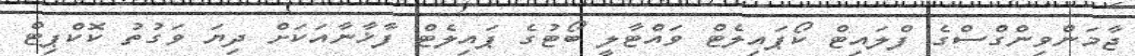
ޖާމަންވިންގްސްގެ ފްލައިޓް ކޯޕައިލެޓް ވައްޓާލީ ބޯޓުގެ ޕައިލެޓް ފާޚާނާއަކަށް ދިޔަ ވަގުތު ކޮކްޕިޓް